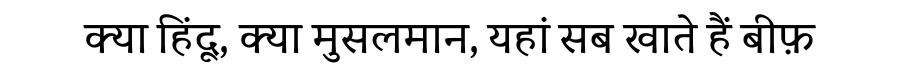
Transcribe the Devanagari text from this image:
क्या हिंदू, क्या मुसलमान, यहां सब खाते हैं बीफ़